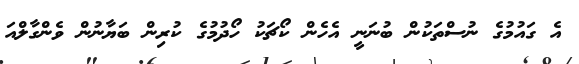
އެ ގައުމުގެ ނުސްތަކުން ބުނަނީ އެހެން ކޯޗަކު ހޯދުމުގެ ކުރިން ބަޔާނުން ވެންގާލްއަ